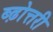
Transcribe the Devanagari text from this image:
ब्ढ़ोत्तरी